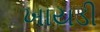
ખાયડી